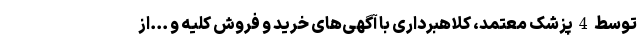
توسط 4 پزشک معتمد، کلاهبرداری با آگهی‌های خرید و فروش کلیه و ...از